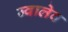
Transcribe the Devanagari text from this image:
ज्वालेव